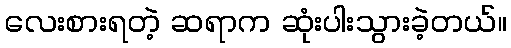
လေးစားရတဲ့ ဆရာက ဆုံးပါးသွားခဲ့တယ်။